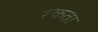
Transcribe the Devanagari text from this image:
रेकता